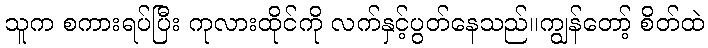
သူက စကားရပ်ပြီး ကုလားထိုင်ကို လက်နှင့်ပွတ်နေသည်။ကျွန်တော့် စိတ်ထဲ